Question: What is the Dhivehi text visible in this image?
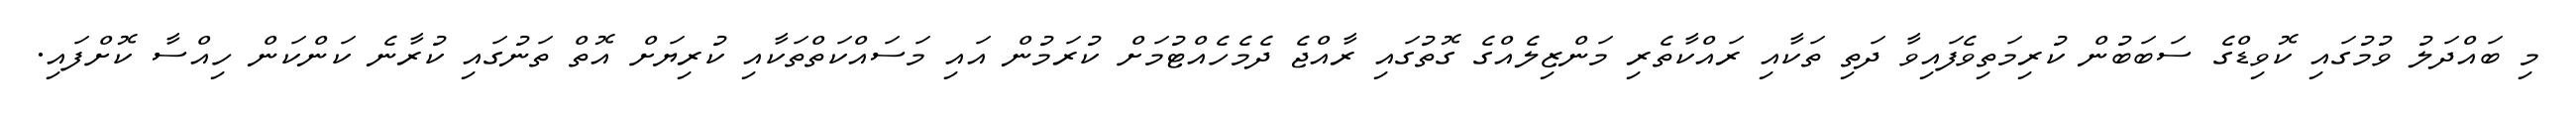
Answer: މި ބައްދަލު ވުމުގައި ކޮވިޑްގެ ސަބަބުން ކުރިމަތިވެފައިވާ ދަތި ތަކާއި ރައްކާތެރި މަންޒިލެއްގެ ގޮތުގައި ރާއްޖެ ދެމެހެއްޓުމަށް ކުރަމުން އައި މަސައްކަތްތަކާއި ކުރިޔަށް އޮތް ތަނުގައި ކުރާނެ ކަންކަން ހިއްސާ ކޮށްފައި.